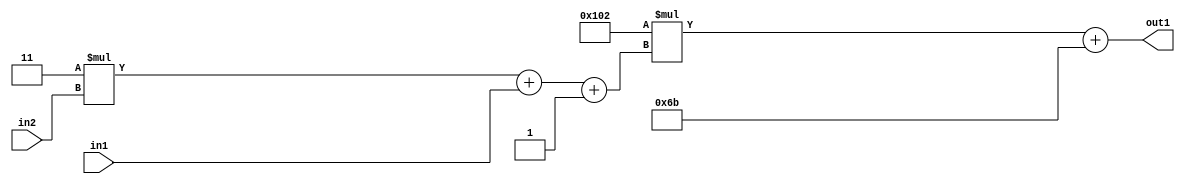
`timescale 1ps / 1ps
/*****************************************************************************
    Verilog RTL Description
    
    
    Created by: Stratus DpOpt 2019.1.01 
*******************************************************************************/

module DC_Filter_Add2i107Mul2i258Add3i1u1Mul2i3u2_1 (
	in2,
	in1,
	out1
	); /* architecture "behavioural" */ 
input [1:0] in2;
input  in1;
output [11:0] out1;
wire [11:0] asc001;
wire [3:0] asc002;

wire [3:0] asc002_tmp_0;
wire [3:0] asc002_tmp_1;
assign asc002_tmp_1 = 
	+(4'B0011 * in2);
assign asc002_tmp_0 = asc002_tmp_1
	+(in1);
assign asc002 = asc002_tmp_0
	+(4'B0001);

wire [11:0] asc001_tmp_2;
assign asc001_tmp_2 = 
	+(12'B000100000010 * asc002);
assign asc001 = asc001_tmp_2
	+(12'B000001101011);

assign out1 = asc001;
endmodule

/* CADENCE  vrP5Qgk= : u9/ySgnWtBlWxVPRXgAZ4Og= ** DO NOT EDIT THIS LINE ******/